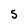
Character: 5